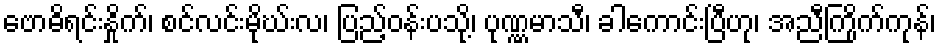
ဗောဓိရင်းနှိုက်၊ စင်လင်းမိုဃ်းလ၊ ပြည့်ဝန်းပသို့၊ ပုဏ္ဏမာသီ၊ ခါကောင်းပြီဟု၊ အညီကြိုက်ကုန်၊